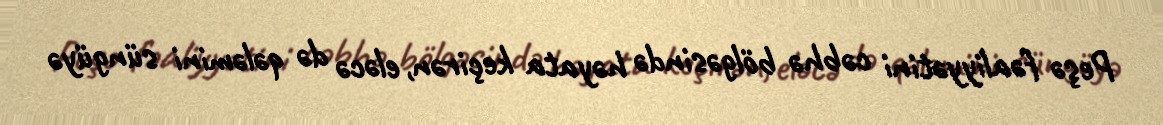
Peşə fəaliyyətini cəbhə bölgəsində həyata keçirən, eləcə də qələmini süngüyə